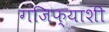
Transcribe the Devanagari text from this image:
गंजिफ्याशी